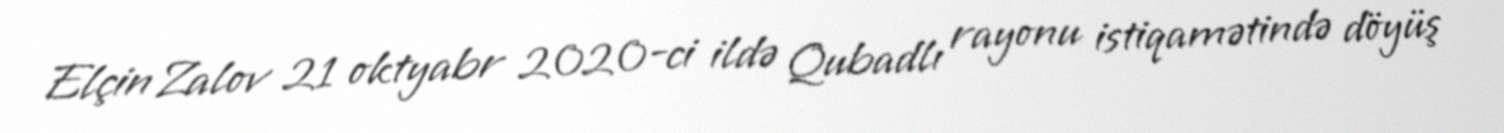
Elçin Zalov 21 oktyabr 2020-ci ildə Qubadlı rayonu istiqamətində döyüş